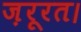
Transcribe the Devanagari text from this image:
ज़रूरत।